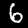
Label: 6